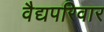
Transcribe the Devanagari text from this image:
वैद्यपरिवार